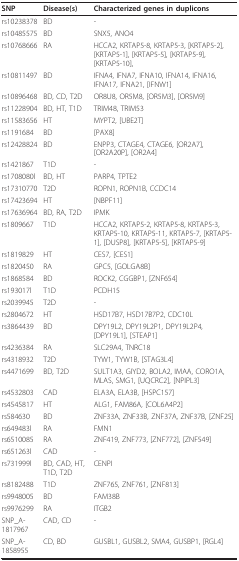
<table><thead><tr><td><b>SNP</b></td><td><b>Disease(s)</b></td><td><b>Characterized genes in duplicons</b></td></tr></thead><tbody><tr><td>rs10238378</td><td>BD</td><td>-</td></tr><tr><td>rs10485575</td><td>BD</td><td>SNX5, ANO4</td></tr><tr><td>rs10768666</td><td>RA</td><td>HCCA2, KRTAP5-8, KRTAP5-3, [KRTAP5-2], [KRTAP5-1], [KRTAP5-5], [KRTAP5-9], [KRTAP5-10],</td></tr><tr><td>rs10811497</td><td>BD</td><td>IFNA4, IFNA7, IFNA10, IFNA14, IFNA16, IFNA17, IFNA21, [IFNW1]</td></tr><tr><td>rs10896468</td><td>BD, CD, T2D</td><td>OR8U8, OR5M8, [OR5M3], [OR5M9]</td></tr><tr><td>rs11228904</td><td>BD, HT, T1D</td><td>TRIM48, TRIM53</td></tr><tr><td>rs11583656</td><td>HT</td><td>MYPT2, [UBE2T]</td></tr><tr><td>rs1191684</td><td>BD</td><td>[PAX8]</td></tr><tr><td>rs12428824</td><td>BD</td><td>ENPP3, CTAGE4, CTAGE6, [OR2A7], [OR2A20P], [OR2A4]</td></tr><tr><td>rs1421867</td><td>T1D</td><td>-</td></tr><tr><td>rs1708080l</td><td>BD, HT</td><td>PARP4, TPTE2</td></tr><tr><td>rs17310770</td><td>T2D</td><td>ROPN1, ROPN1B, CCDC14</td></tr><tr><td>rs17423694</td><td>HT</td><td>[NBPF11]</td></tr><tr><td>rs17636964</td><td>BD, RA, T2D</td><td>IPMK</td></tr><tr><td>rs1809667</td><td>T1D</td><td>HCCA2, KRTAP5-2, KRTAP5-8, KRTAP5-3, KRTAP5-10, KRTAP5-11, KRTAP5-7, [KRTAP5-1], [DUSP8], [KRTAP5-5], [KRTAP5-9]</td></tr><tr><td>rs1819829</td><td>HT</td><td>CES7, [CES1]</td></tr><tr><td>rs1820450</td><td>RA</td><td>GPC5, [GOLGA8B]</td></tr><tr><td>rs1868584</td><td>BD</td><td>ROCK2, CGGBP1, [ZNF654]</td></tr><tr><td>rs193017l</td><td>T1D</td><td>PCDH15</td></tr><tr><td>rs2039945</td><td>T2D</td><td>-</td></tr><tr><td>rs2804672</td><td>HT</td><td>HSD17B7, HSD17B7P2, CDC10L</td></tr><tr><td>rs3864439</td><td>BD</td><td>DPY19L2, DPY19L2P1, DPY19L2P4, [DPY19L1], [STEAP1]</td></tr><tr><td>rs4236384</td><td>RA</td><td>SLC29A4, TNRC18</td></tr><tr><td>rs4318932</td><td>T2D</td><td>TYW1, TYW1B, [STAG3L4]</td></tr><tr><td>rs4471699</td><td>BD, T2D</td><td>SULT1A3, GIYD2, BOLA2, IMAA, CORO1A, MLAS, SMG1, [UQCRC2], [NPIPL3]</td></tr><tr><td>rs4532803</td><td>CAD</td><td>ELA3A, ELA3B, [HSPC157]</td></tr><tr><td>rs4545817</td><td>HT</td><td>ALG1, FAM86A, [COL6A4P2]</td></tr><tr><td>rs584630</td><td>BD</td><td>ZNF33A, ZNF33B, ZNF37A, ZNF37B, [ZNF25]</td></tr><tr><td>rs649483l</td><td>RA</td><td>FMN1</td></tr><tr><td>rs6510085</td><td>RA</td><td>ZNF419, ZNF773, [ZNF772], [ZNF549]</td></tr><tr><td>rs651263l</td><td>CAD</td><td>-</td></tr><tr><td>rs731999l</td><td>BD, CAD, HT, T1D, T2D</td><td>CENPI</td></tr><tr><td>rs8182488</td><td>T1D</td><td>ZNF765, ZNF761, [ZNF813]</td></tr><tr><td>rs9948005</td><td>BD</td><td>FAM38B</td></tr><tr><td>rs9976299</td><td>RA</td><td>ITGB2</td></tr><tr><td>SNP_A-1817967</td><td>CAD, CD</td><td>-</td></tr><tr><td>SNP_A-1858955</td><td>CD, BD</td><td>GUSBL1, GUSBL2, SMA4, GUSBP1, [RGL4]</td></tr></tbody></table>